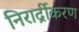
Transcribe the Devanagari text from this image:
निरार्द्रीकरण